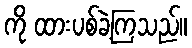
ကို ထားပစ်ခဲ့ကြသည်။